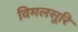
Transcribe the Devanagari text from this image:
विमलसूरि